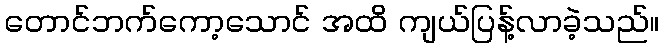
တောင်ဘက်ကော့သောင် အထိ ကျယ်ပြန့်လာခဲ့သည်။